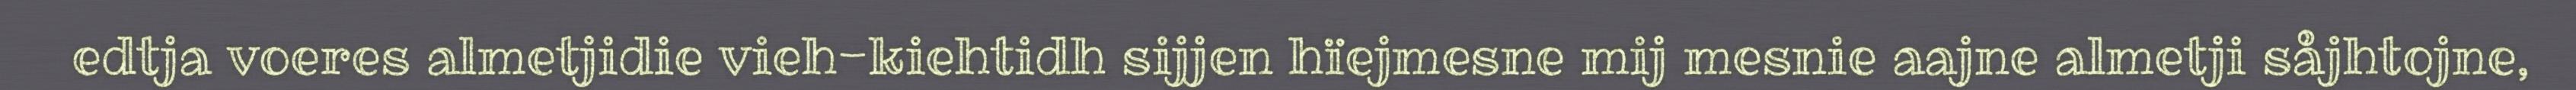
edtja voeres almetjidie vieh-kiehtidh sijjen hïejmesne mij mesnie aajne almetji såjhtojne,